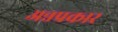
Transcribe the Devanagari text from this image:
अन्नप्रकार